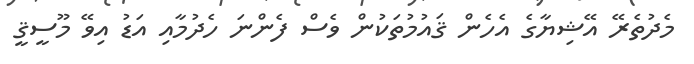
މެދުތެރޭ އޭޝިޔާގެ އެހެން ޤައުމުތަކުން ވެސް ފެންނަ ހެދުމާއި އަޑު އިވޭ މޫސީޤީ